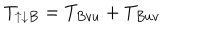
LaTeX: T _ { \uparrow \downarrow B } = T _ { B v u } + T _ { B u v }